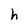
Character: h